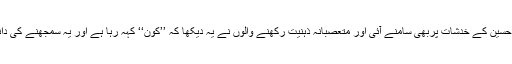
یہی صورتحال داعش کے حوالہ سے جناب الطاف حسین کے خدشات پربھی سامنے آئی اور متعصبانہ ذہنیت رکھنے والوں نے یہ دیکھا کہ ’’کون‘‘ کہہ رہا ہے اور یہ سمجھنے کی دانستہ کوشش ہی نہیں کی گئی کہ کیا کہاجارہا ہے ۔